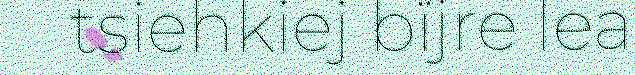
tsiehkiej bïjre lea